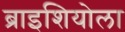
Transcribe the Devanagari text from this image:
ब्राइशियोला